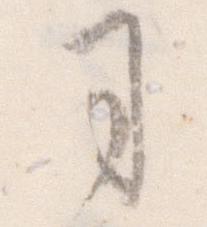
司